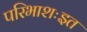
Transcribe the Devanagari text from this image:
परिभाशःइत